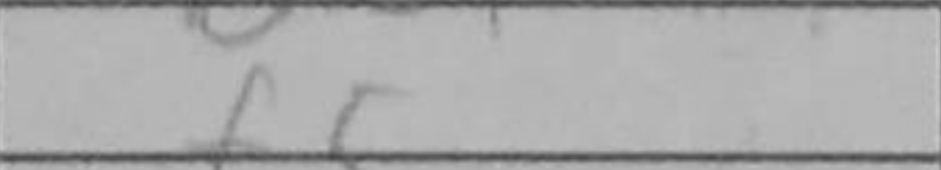
Transcription: f5